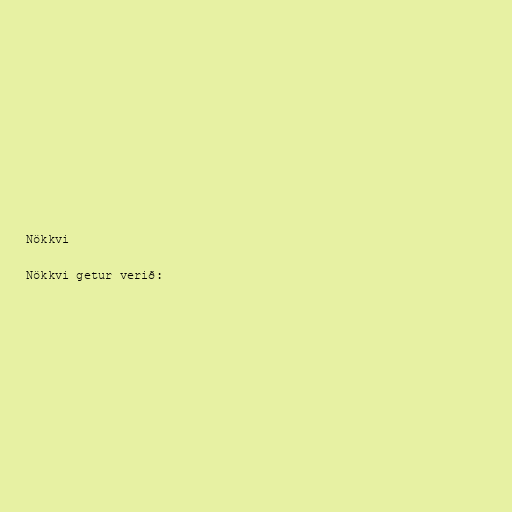
Nökkvi

Nökkvi getur verið: